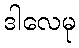
ဒါလေမု